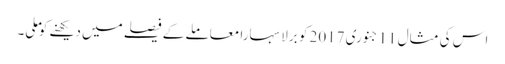
اس کی مثال 11جنوری 2017 کو بِرلا سہارا معاملے کے فیصلے میں دیکھنے کو ملی۔